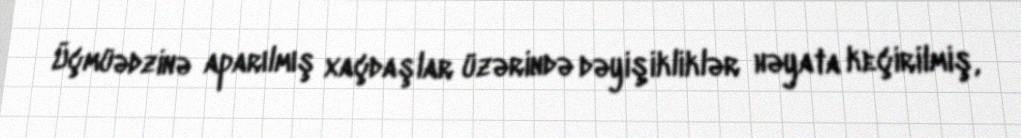
Üçmüədzinə aparılmış xaçdaşlar üzərində dəyişikliklər həyata keçirilmiş,